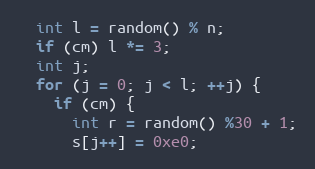
Language: C++
  int l = random() % n;
  if (cm) l *= 3;
  int j;
  for (j = 0; j < l; ++j) {
    if (cm) {
      int r = random() %30 + 1;
      s[j++] = 0xe0;